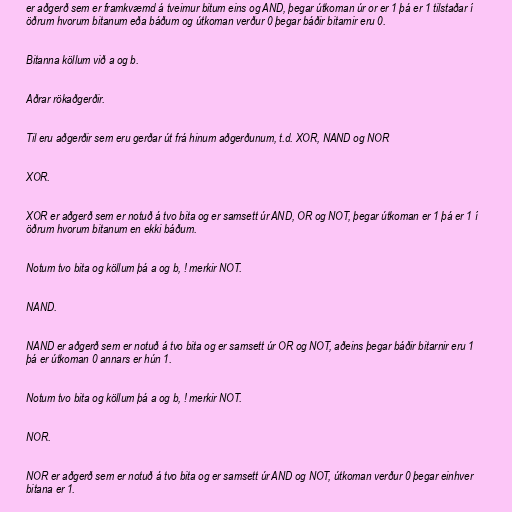
er aðgerð sem er framkvæmd á tveimur bitum eins og AND, þegar útkoman úr or er 1 þá er 1 tilstaðar í
öðrum hvorum bitanum eða báðum og útkoman verður 0 þegar báðir bitarnir eru 0.

Bitanna köllum við a og b.

Aðrar rökaðgerðir.

Til eru aðgerðir sem eru gerðar út frá hinum aðgerðunum, t.d. XOR, NAND og NOR

XOR.

XOR er aðgerð sem er notuð á tvo bita og er samsett úr AND, OR og NOT, þegar útkoman er 1 þá er 1 í
öðrum hvorum bitanum en ekki báðum.

Notum tvo bita og köllum þá a og b, ! merkir NOT.

NAND.

NAND er aðgerð sem er notuð á tvo bita og er samsett úr OR og NOT, aðeins þegar báðir bitarnir eru 1
þá er útkoman 0 annars er hún 1.

Notum tvo bita og köllum þá a og b, ! merkir NOT.

NOR.

NOR er aðgerð sem er notuð á tvo bita og er samsett úr AND og NOT, útkoman verður 0 þegar einhver
bitana er 1.